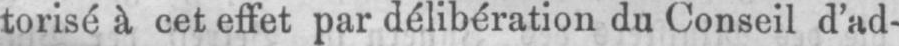
torisé à cet effet par délibération du Conseil d’ad-